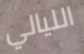
الليالي